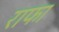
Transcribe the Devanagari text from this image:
राफा